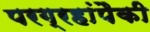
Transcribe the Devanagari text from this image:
परग्रहांपैकी